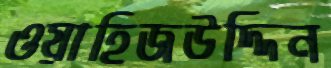
ওয়াহিজউদ্দিন